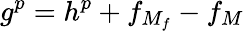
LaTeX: g^{p}=h^{p}+f_{M_{f}}-f_{M}